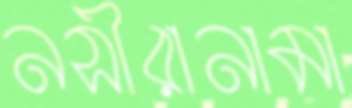
নসীরানামা